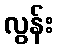
လွန်း